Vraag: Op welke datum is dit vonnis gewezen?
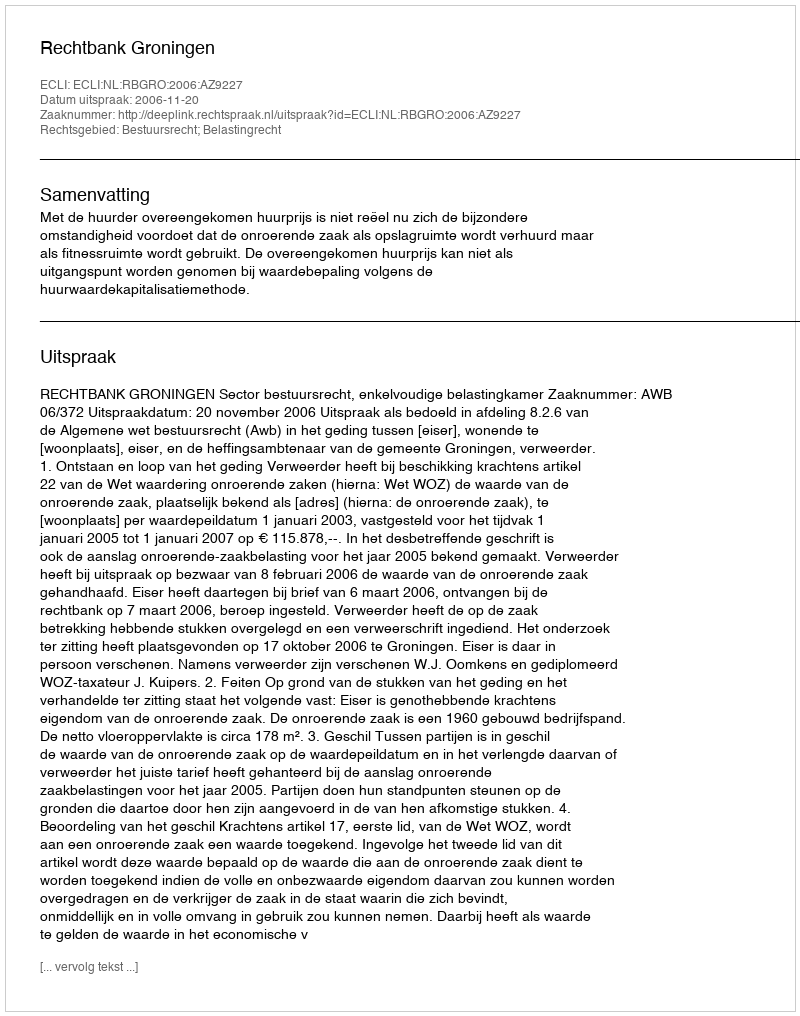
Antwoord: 2006-11-20